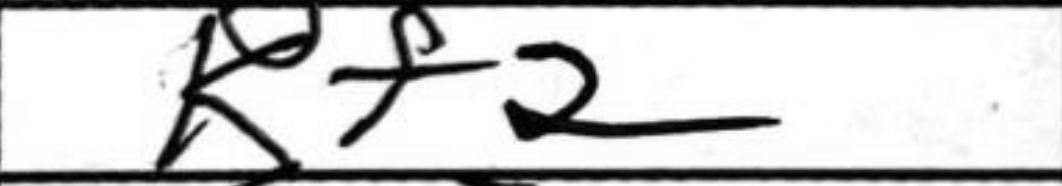
Transcription: Kf2